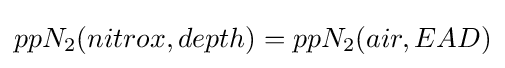
ppN_{2}(nitrox,depth)=ppN_{2}(air,EAD)